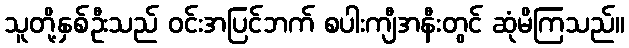
သူတို့နှစ်ဦးသည် ဝင်းအပြင်ဘက် စပါးကျီအနီးတွင် ဆုံမိကြသည်။